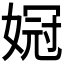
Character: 𫱌